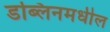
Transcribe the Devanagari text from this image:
डब्लिनमधील